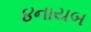
૪નાયબ